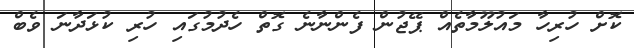
ކޮށް ހުރިހާ މައުލޫމާތެއް ޕޭޖުން ފެންނާނެ ގޮތް ހެދުމުގައި ހުރި ކުޅަދާނަ ވެބް